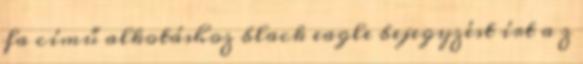
fa című alkotáshoz black eagle bejegyzést írt a z